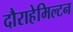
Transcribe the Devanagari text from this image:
दौराहेमिल्टन